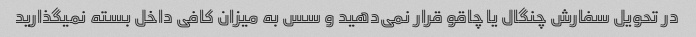
در تحویل سفارش چنگال یا چاقو قرار نمی‌دهید و سس به میزان کافی داخل بسته نمیگذارید